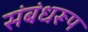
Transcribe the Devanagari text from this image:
संबंधरूप